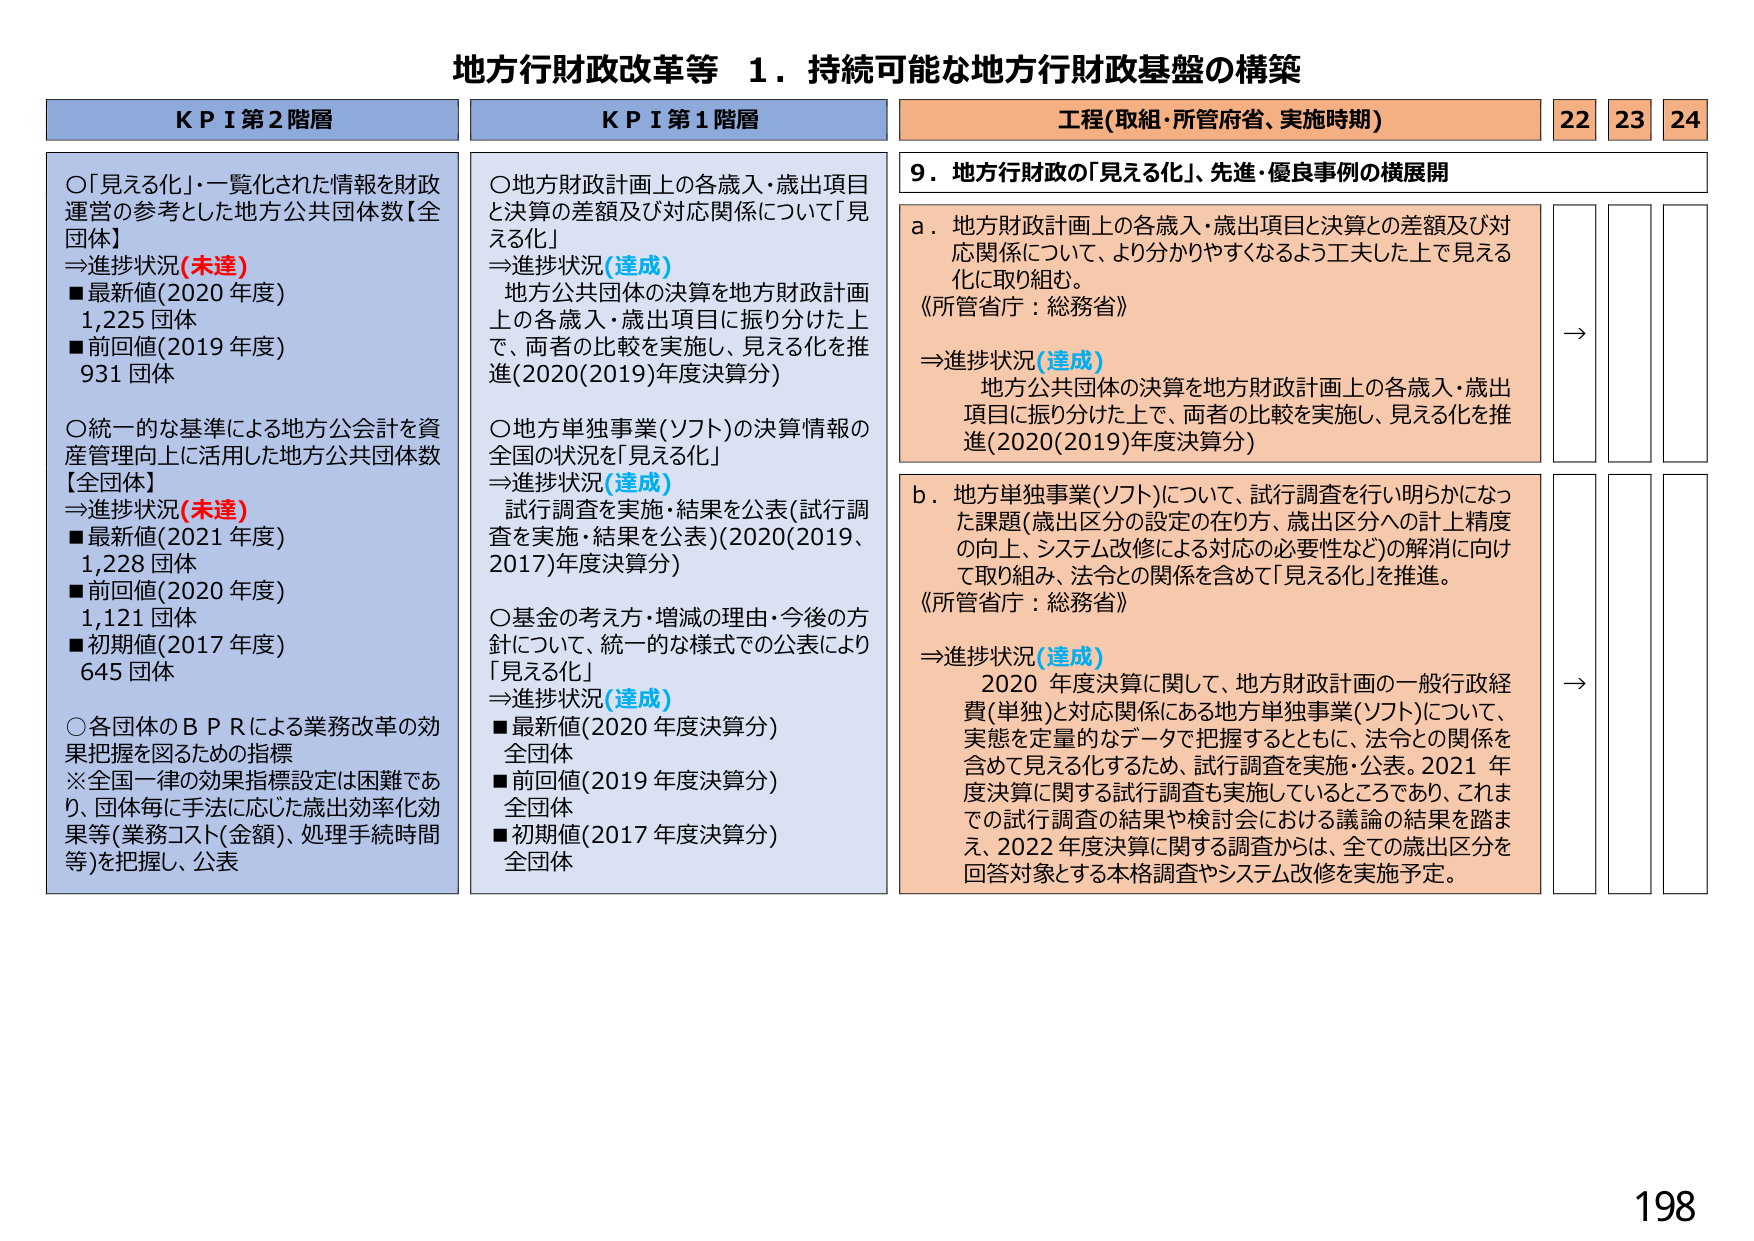
地方行財政改革等 １．持続可能な地方行財政基盤の構築

KPI 第2階層
○「見える化」・一覧化された情報を財政運営の参考とした地方公共団体数【全団体】
⇒進捗状況(未達)
■最新値(2020年度) 1,225団体
■前回値(2019年度) 931団体

○統一的な基準による地方公会計を資産管理向上に活用した地方公共団体数【全団体】
⇒進捗状況(未達)
■最新値(2021年度) 1,228団体
■前回値(2020年度) 1,121団体
■初期値(2017年度) 645団体

○各団体のBPRによる業務改革の効果把握を図るための指標
※全国一律の効果指標設定は困難であり、団体毎に手法に応じた歳出効率化効果等(業務コスト(金額)、処理手続時間等)を把握し、公表

KPI 第1階層
○地方財政計画上の各歳入・歳出項目と決算の差額及び対応関係について「見える化」
⇒進捗状況(達成)
地方公共団体の決算を地方財政計画上の各歳入・歳出項目に振り分けた上で、両者の比較を実施し、見える化を推進(2020(2019)年度決算分)

○地方単独事業(ソフト)の決算情報の全国の状況を「見える化」
⇒進捗状況(達成)
試行調査を実施・結果を公表(試行調査を実施・結果を公表)(2020(2019、2017)年度決算分)

○基金の考え方・増減の理由・今後の方針について、統一的な様式での公表により「見える化」
⇒進捗状況(達成)
■最新値(2020年度決算分) 全団体
■前回値(2019年度決算分) 全団体
■初期値(2017年度決算分) 全団体

工程(取組・所管府省、実施時期) 22 23 24
9．地方行財政の「見える化」、先進・優良事例の横展開

a．地方財政計画上の各歳入・歳出項目と決算との差額及び対応関係について、より分かりやすくなるよう工夫した上で見える化に取り組む。
《所管省庁：総務省》
⇒進捗状況(達成)
地方公共団体の決算を地方財政計画上の各歳入・歳出項目に振り分けた上で、両者の比較を実施し、見える化を推進(2020(2019)年度決算分)

b．地方単独事業(ソフト)について、試行調査を行い明らかになった課題(歳出区分の設定の在り方、歳出区分への計上精度の向上、システム改修による対応の必要性など)の解消に向けて取り組み、法令との関係を含めて「見える化」を推進。
《所管省庁：総務省》
⇒進捗状況(達成)
2020年度決算に関して、地方財政計画の一般行政経費(単独)と対応関係にある地方単独事業(ソフト)について、実態を定量的なデータで把握するとともに、法令との関係を含めて見える化するため、試行調査を実施・公表。2021年度決算に関する試行調査も実施しているところであり、これまでの試行調査の結果や検討会における議論の結果を踏まえ、2022年度決算に関する調査からは、全ての歳出区分を回答対象とする本格調査やシステム改修を実施予定。

198